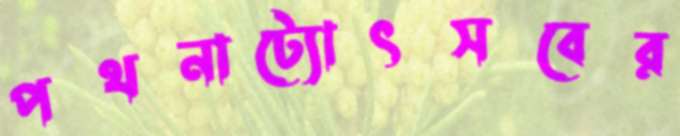
পথনাট্যোৎসবের